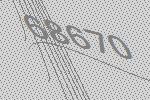
68670